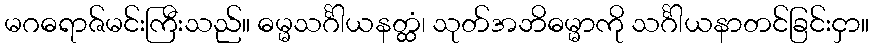
မဂဓရာဇ်မင်းကြီးသည်။ ဓမ္မသင်္ဂါယနတ္ထံ၊ သုတ်အဘိဓမ္မာကို သင်္ဂါယနာတင်ခြင်းငှာ။